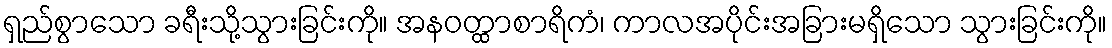
ရှည်စွာသော ခရီးသို့သွားခြင်းကို။ အနဝတ္ထာစာရိကံ၊ ကာလအပိုင်းအခြားမရှိသော သွားခြင်းကို။